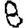
Digit: 8